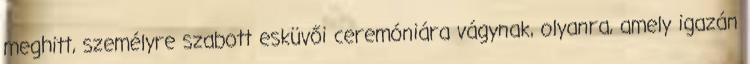
meghitt, személyre szabott esküvői ceremóniára vágynak, olyanra, amely igazán